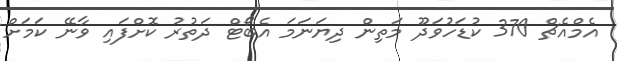
އެމްއެޗް 370 ކުޑަހުވަދޫ މަތިން ދިޔަނަމަ އެބޯޓް ދަތުރު ކޮށްފައި ވާނޭ ކަމަށް